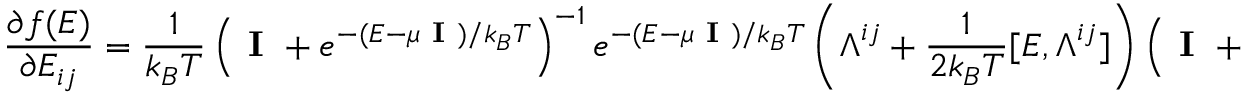
\frac { \partial f ( \boldsymbol { E } ) } { \partial E _ { i j } } = \frac { 1 } { k _ { B } T } \left( \textbf { I } + e ^ { - ( \boldsymbol { E } - \mu \textbf { I } ) / k _ { B } T } \right) ^ { - 1 } e ^ { - ( \boldsymbol { E } - \mu \textbf { I } ) / k _ { B } T } \left( \boldsymbol { \Lambda } ^ { i j } + \frac { 1 } { 2 k _ { B } T } [ \boldsymbol { E } , \boldsymbol { \Lambda } ^ { i j } ] \right) \left( \textbf { I } + e ^ { - ( \boldsymbol { E } - \mu \textbf { I } ) / k _ { B } T } \right) ^ { - 1 } \, ,